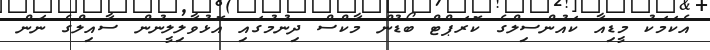
އެކަމަކު މީޑިއާ ކައުންސިލްގެ ކޮރަޕްޓް ބޯޑުން މާކްސް ދިނުމުގައި އޮޅުވާލިލީނުން ސާއިލްގެ ނަން